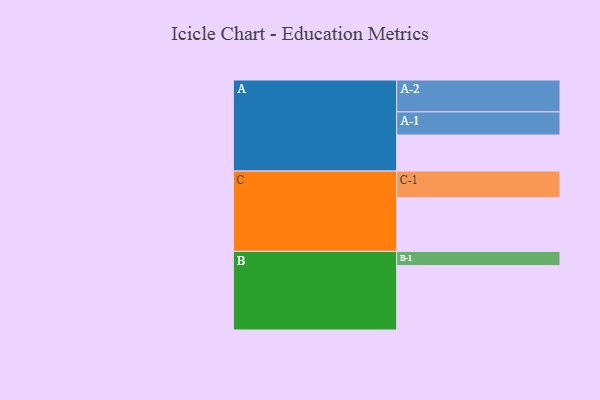
{"axis": {"x": "Segment", "y": "Value"}, "legend": ["", "A", "B", "C"], "data": [{"x": "A", "y": 312, "type": ""}, {"x": "B", "y": 557, "type": ""}, {"x": "C", "y": 464, "type": ""}, {"x": "A-1", "y": 200, "type": "A"}, {"x": "A-2", "y": 276, "type": "A"}, {"x": "B-1", "y": 123, "type": "B"}, {"x": "C-1", "y": 231, "type": "C"}]}